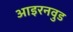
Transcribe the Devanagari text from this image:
आइरनवुड